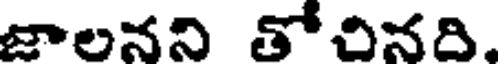
జాలనని తోచినది.